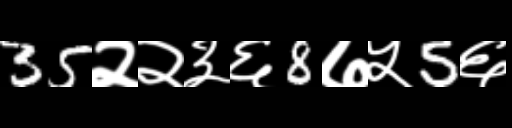
Text: 35२२३६8७५5६